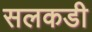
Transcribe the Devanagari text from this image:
सलकडी